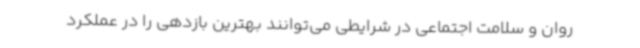
روان و سلامت اجتماعی در شرایطی می‌توانند بهترین بازدهی را در عملکرد